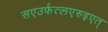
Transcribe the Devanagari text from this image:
सएउर्फत्लएरुइएत्